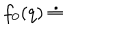
LaTeX: f _ { 0 } ( q ) \doteq